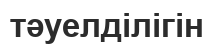
тәуелділігін